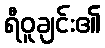
ရီဝူချင်း၏